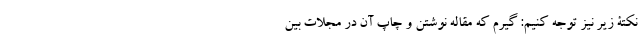
نکتۀ زیر نیز توجه کنیم: گیرم که مقاله نوشتن و چاپ آن در مجلات بین